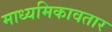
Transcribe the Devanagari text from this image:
माध्यमिकावतार